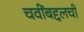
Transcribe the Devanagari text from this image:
चवींबद्दलची